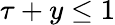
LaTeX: \tau+y\leq 1